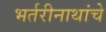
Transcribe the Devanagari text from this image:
भर्तरीनाथांचे